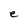
Character: e